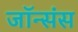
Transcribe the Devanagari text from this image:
जॉन्संस